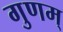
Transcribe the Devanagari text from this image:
गुणम्